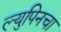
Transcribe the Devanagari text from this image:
ल्युपिनचा